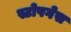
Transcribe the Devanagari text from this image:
स्टोपगेस